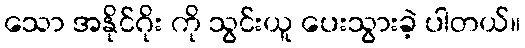
သော အနိုင်ဂိုး ကို သွင်းယူ ပေးသွားခဲ့ ပါတယ်။